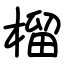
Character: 榴